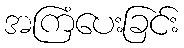
အကြံပေးခြင်း